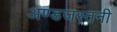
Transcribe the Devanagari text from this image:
अण्डजस्तनी